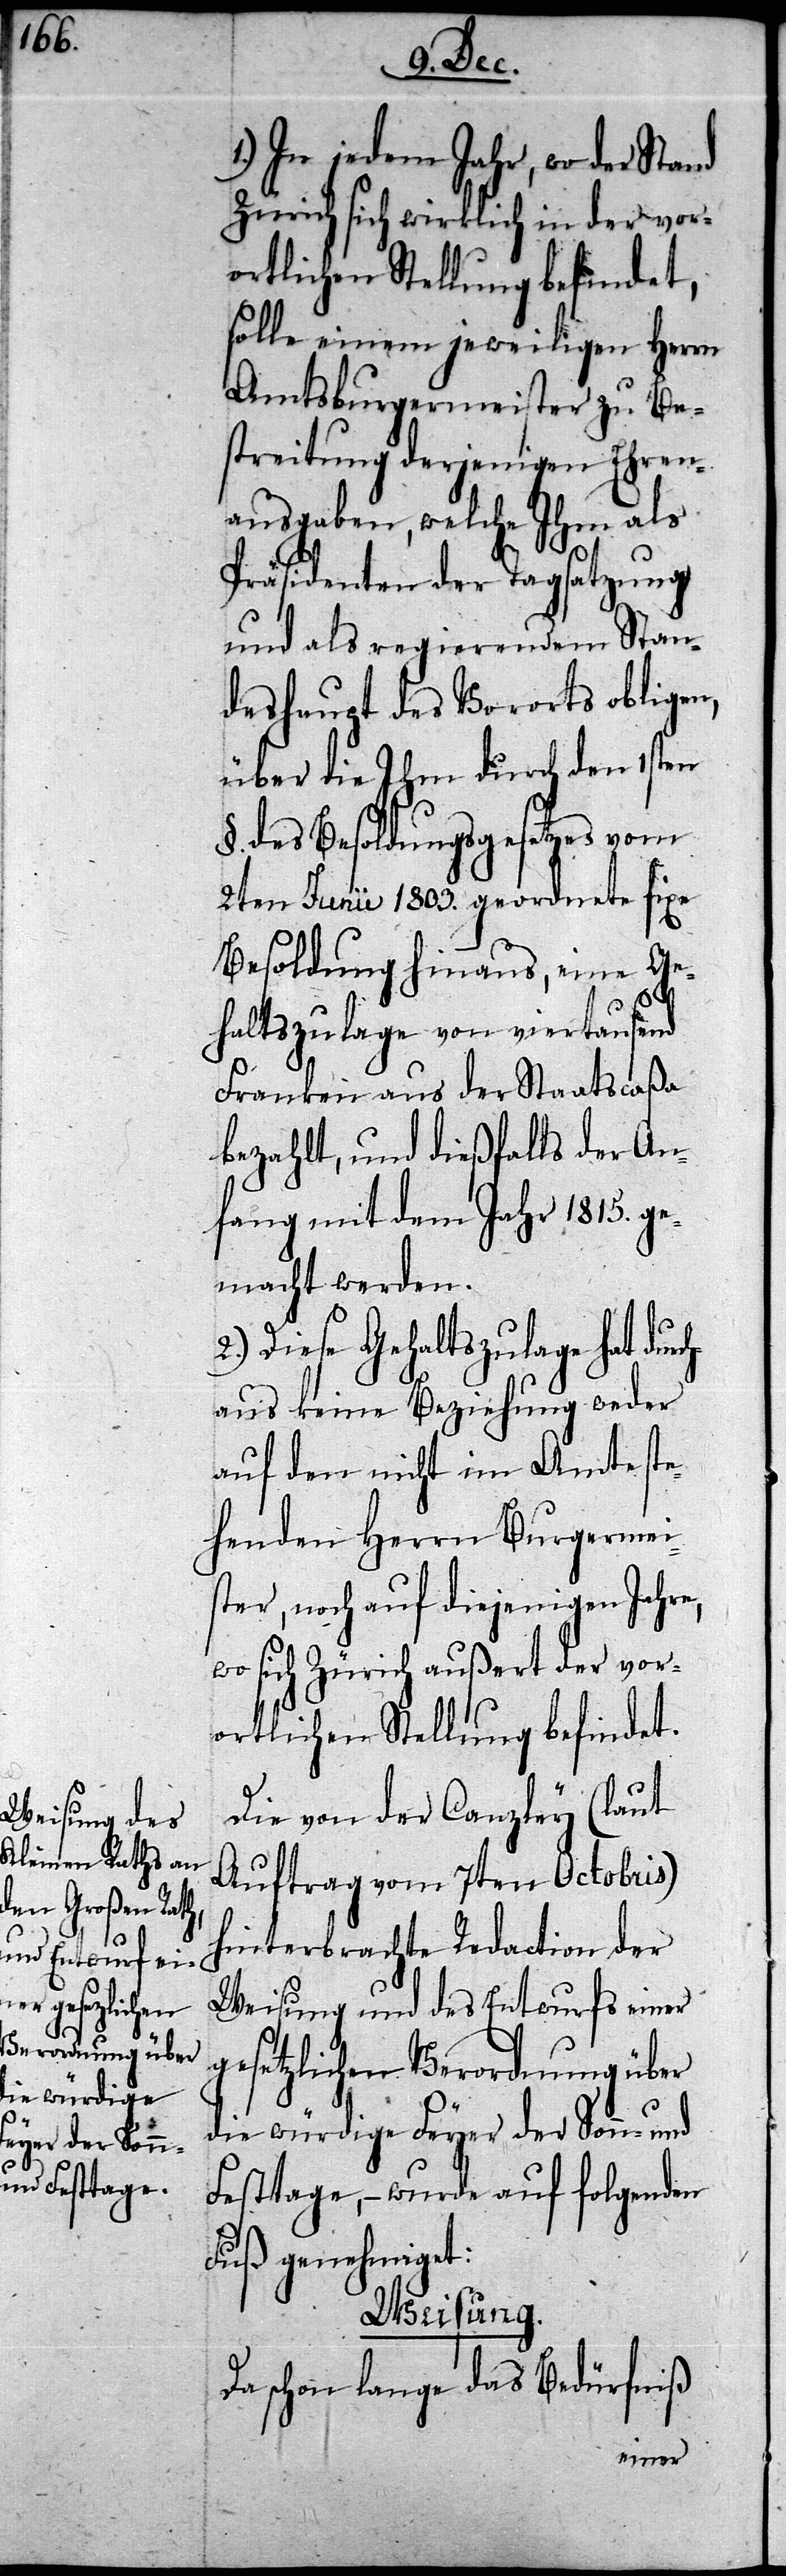
rch¬

1.) In jedem Jahr, wo der Stand
Zürich sich wirklich in der vor¬
ortlichen Stellung befindet,
solle einem jeweiligen Herrn
Amtsburgermeister zu Be¬
streitung derjenigen Ehren¬
ausgaben, welche Ihm als
Präsidenten der Tagsatzung
und als regierendem Stan¬
deshaupt des Vororts obligen,
über die Ihm durch den 1sten
§. des Besoldungsgesetzes vom
2ten Junii 1803. geordnete fixe
Besoldung hinaus, eine Ge¬
haltszulage von viertausend
Franken aus der Staatscaßa
bezahlt, und dießfalls der An¬
fang mit dem Jahr 1815. ge¬
macht werden.
2.) Diese Gehaltszulage hat du¬
aus keine Beziehung weder
auf den nicht im Amte ste¬
henden Herrn Burgermei¬
ster, noch auf diejenigen Jahre,
wo sich Zürich außert der vor¬
ortlichen Stellung befindet.
Die von der Canzley (laut
Auftrag vom 7ten Octobris)
hinterbrachte Redaction der
Weisung und des Entwurfs einer
gesetzlichen Verordnung über
die würdige Feyer der Sonn- und
Festtage, – wurde auf folgenden
Fuß genehmiget:
Weisung.
Da schon lange das Bedürfniß